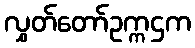
လွှတ်တော်ဥက္ကဌက